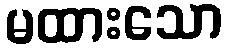
မထားသော